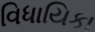
વિધાયિકા